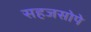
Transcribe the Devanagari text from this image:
सहजसोपे